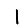
Digit: 1